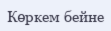
Көркем бейне